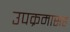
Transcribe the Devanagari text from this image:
उपक्रमासह